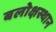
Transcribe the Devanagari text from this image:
बलोक्षस्थान